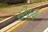
એવાય